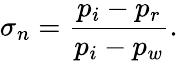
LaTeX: \sigma_{n}=\frac{p_{i}-p_{r}}{p_{i}-p_{w}}.